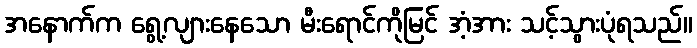
အနောက်က ရွေ့လျားနေသော မီးရောင်ကိုမြင် အံ့အား သင့်သွားပုံရသည်။